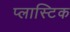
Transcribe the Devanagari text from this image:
प्‍लास्‍टिक